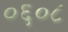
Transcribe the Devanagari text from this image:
०६०८